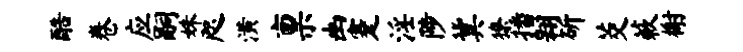
酷卷应嗣姝咫潢禀幽蹇淫陟冀獠播翱斫茭蔌榭